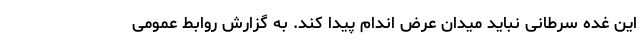
این غده سرطانی نباید میدان عرض اندام پیدا کند. به گزارش روابط عمومی